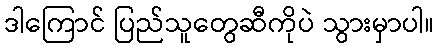
ဒါကြောင် ပြည်သူတွေဆီကိုပဲ သွားမှာပါ။